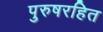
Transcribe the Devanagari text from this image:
पुरुषरहित